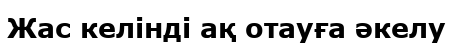
Жас келінді ақ отауға әкелу